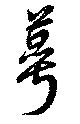
蕚